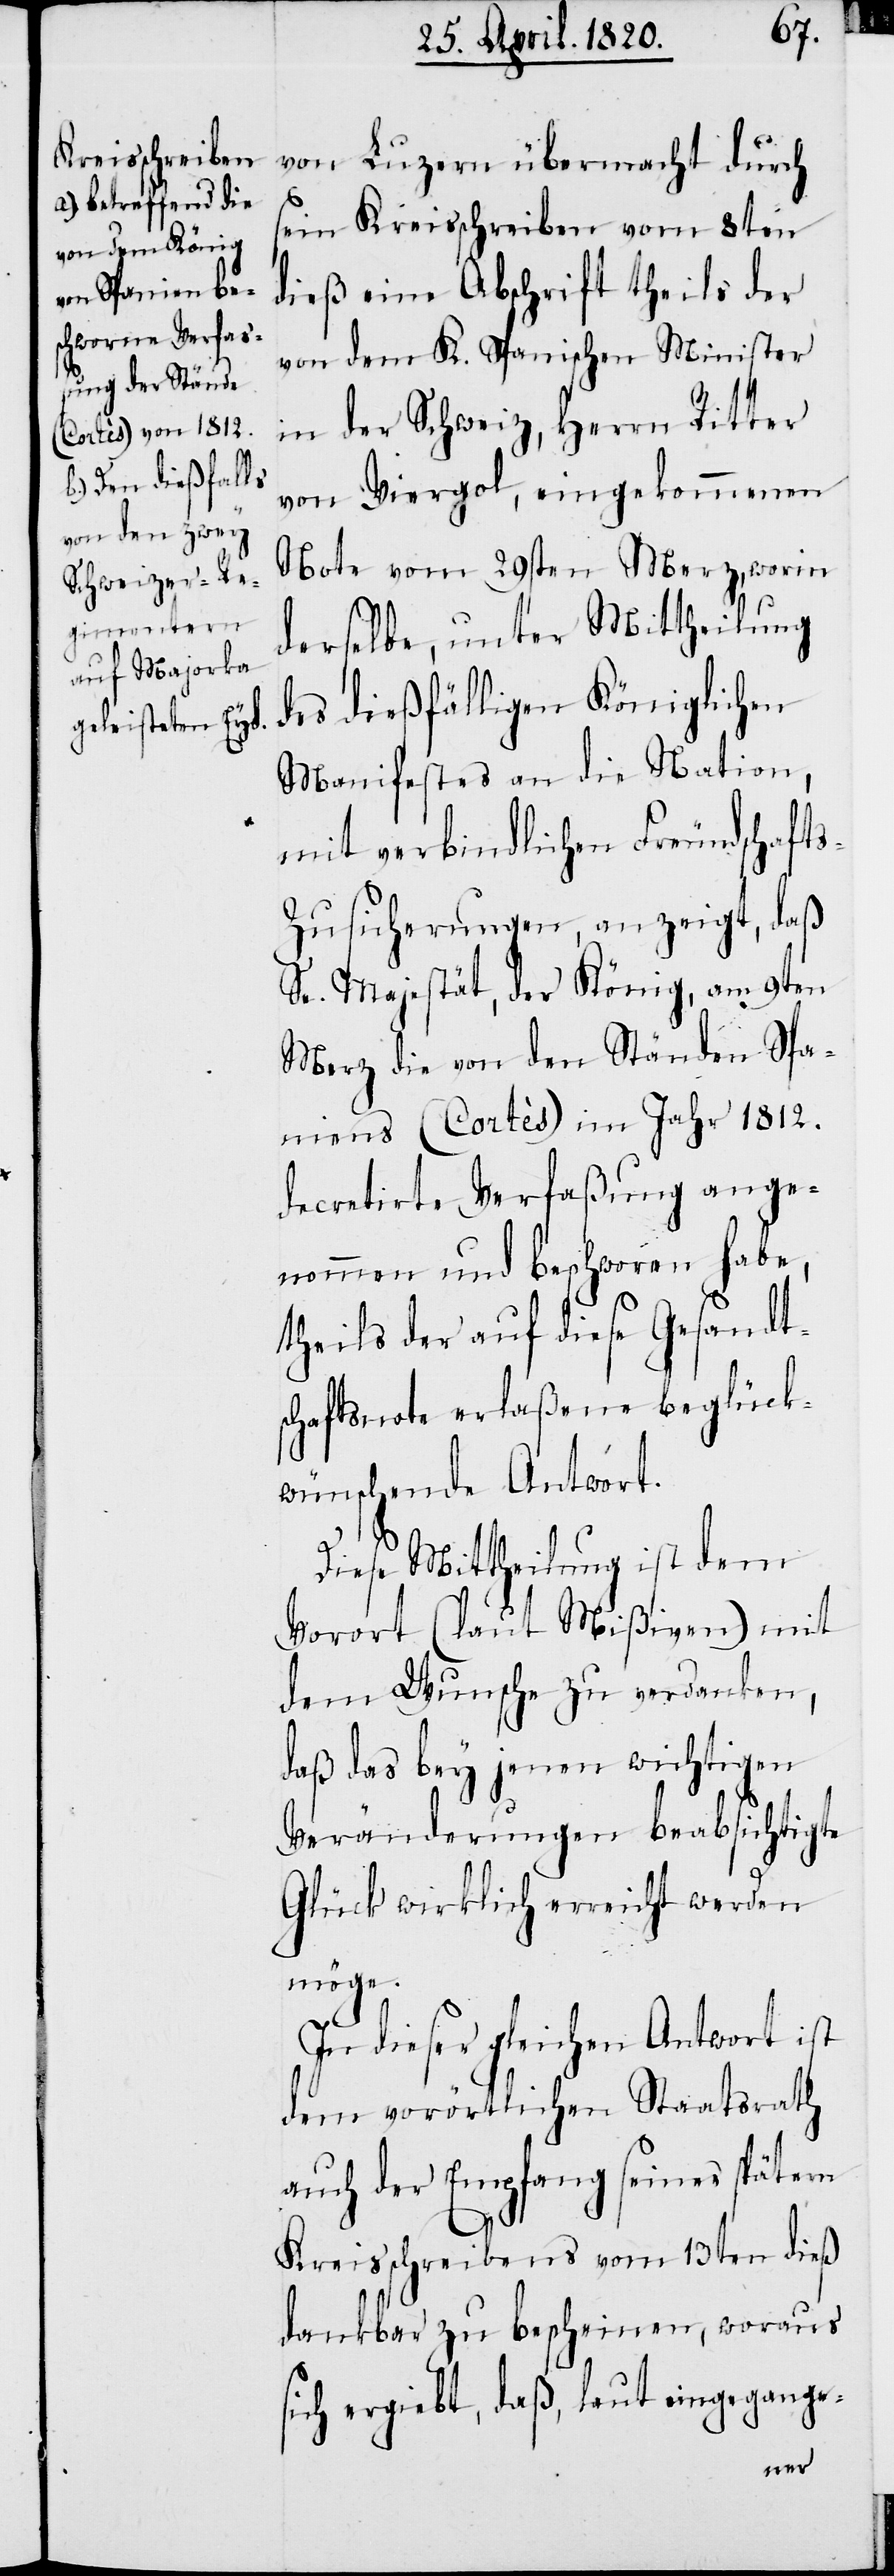
von Luzern übermacht durch
sein Kreisschreiben vom 8ten
dieß eine Abschrift theils der
von dem K. Spanischen Minister
in der Schweiz, Herrn Ritter
von Viergol, eingekommenen
Note vom 29sten Merz, worin
derselbe, unter Mittheilung
des dießfälligen Königlichen
Manifestes an die Nation,
mit verbindlichen Freundschaft¬
s-Zusicherungen, an zeigt, daß
Se. Majestät, der König, am 9ten
Merz die von den Ständen Spa¬
niens (Cortès) im Jahr 1812.
decretirte Verfaßung ange¬
nommen und beschworen habe,
theils der auf diese Gesandt¬
schaftsnote erlaßene beglück¬
wünschende Antwort.
Diese Mittheilung ist dem
Vorort (laut Mißiven) mit
dem Wunsche zu verdanken,
daß das bey jenen wichtigen
Veränderungen beabsichtigte
Glück wirklich erreicht werden
möge.
In dieser gleichen Antwort ist
dem vorörtlichen Staatsrath
auch der Empfang seines spätern
Kreisschreibens vom 13ten dieß
dankbar zu bescheinen, woraus
sich ergiebt, daß, eingegange-